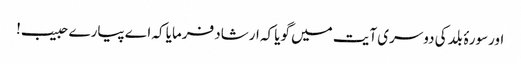
اورسورۂ بلد کی دوسری آیت میں گویا کہ ارشاد فرمایا کہ اے پیارے حبیب!